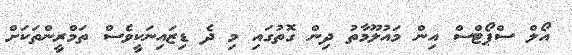
އޯލް ސްޕޯޓްސް އިން މައުލޫމާތު ދިން ގޮތުގައި މި ދެ ޑިޒައިނަކީވެސް ތަމްރީންތަކަށް